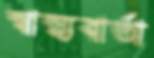
স্বাস্থ্যবার্তা